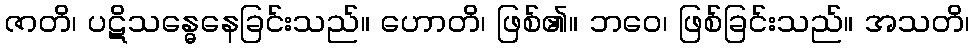
ဇာတိ၊ ပဋိသန္ဓေနေခြင်းသည်။ ဟောတိ၊ ဖြစ်၏။ ဘဝေ၊ ဖြစ်ခြင်းသည်။ အသတိ၊